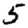
Digit: 5